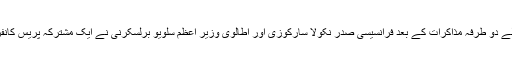
آج روم میں ہونے والے دو طرفہ مذاکرات کے بعد فرانسیسی صدر نکولا سارکوزی اور اطالوی وزیر اعظم سلویو برلسکرنی نے ایک مشترکہ پریس کانفرنس سے خطاب کیا۔